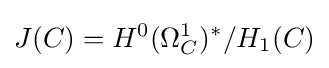
J(C)=H^{0}(\Omega _{C}^{1})^{*}/H_{1}(C)